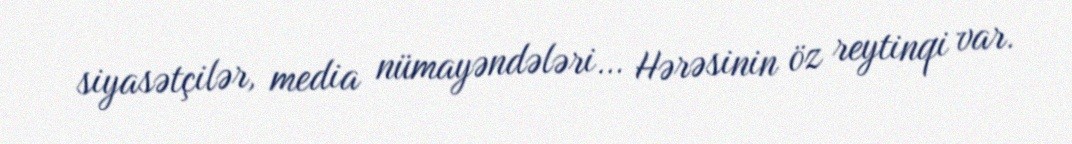
siyasətçilər, media nümayəndələri… Hərəsinin öz reytinqi var.